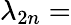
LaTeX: \lambda_{2n}=